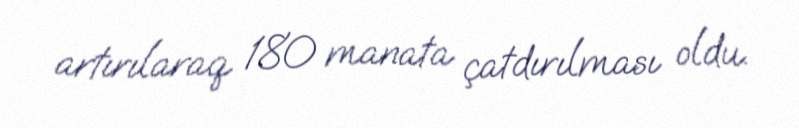
artırılaraq 180 manata çatdırılması oldu.